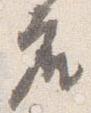
座